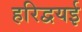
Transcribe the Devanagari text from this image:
हरिद्वयई